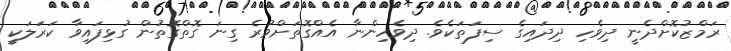
ރަމްޒުކޮށްދެނީ ދިވެހި ދިދައިގެ ސިފަތަކެވެ. ދިވެހިންނާ އެއްގޮތަށްވުރެ ގިނަ ގޮތްގޮތުން ގުޅިފައިވާ ކަރަލަކީ